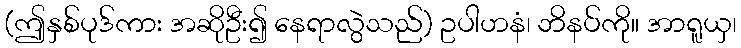
(ဤနှစ်ပုဒ်ကား အဆိုဦး၍ နေရာလွဲသည်) ဥပါဟနံ၊ ဘိနပ်ကို။ အာရူယှ၊